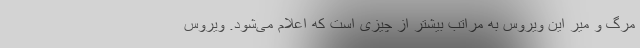
مرگ و میر این ویروس به مراتب بیشتر از چیزی است که اعلام می‌شود. ویروس